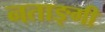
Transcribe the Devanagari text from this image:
नताङ्गी